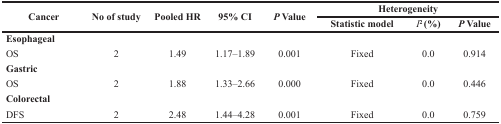
| <ROWSPAN=2> Cancer | <ROWSPAN=2> No of study | <ROWSPAN=2> Pooled HR | <ROWSPAN=2> 95% CI | <ROWSPAN=2> P Value | <COLSPAN=3> Heterogeneity |
 | Statistic model | I2 (%) | P Value |
 | --- | --- | --- | --- | --- | --- | --- | --- |
 | Esophageal |  |  |  |  |  |  |  |
 | OS | 2 | 1.49 | 1.17–1.89 | 0.001 | Fixed | 0.0 | 0.914 |
 | Gastric |  |  |  |  |  |  |  |
 | OS | 2 | 1.88 | 1.33–2.66 | 0.000 | Fixed | 0.0 | 0.446 |
 | Colorectal |  |  |  |  |  |  |  |
 | DFS | 2 | 2.48 | 1.44–4.28 | 0.001 | Fixed | 0.0 | 0.759 |